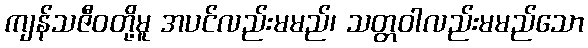
ကျန်သဇီဝတို့မူ အပင်လည်းမမည်၊ သတ္တဝါလည်းမမည်သော